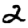
Digit: 2